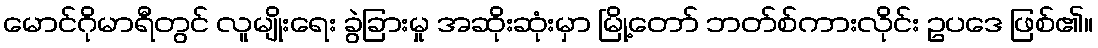
မောင်ဂိုမာရီတွင် လူမျိုးရေး ခွဲခြားမှု အဆိုးဆုံးမှာ မြို့တော် ဘတ်စ်ကားလိုင်း ဥပဒေ ဖြစ်၏။